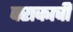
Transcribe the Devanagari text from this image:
पराकाची